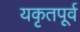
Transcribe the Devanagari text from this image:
यकृतपूर्व